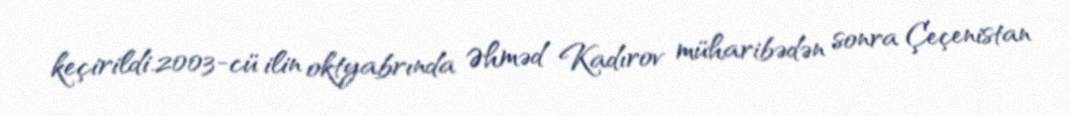
keçirildi.2003-cü ilin oktyabrında Əhməd Kadırov müharibədən sonra Çeçenistan